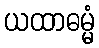
ယထာဓမ္မံ